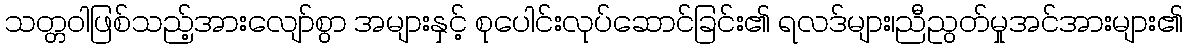
သတ္တဝါဖြစ်သည့်အားလျော်စွာ အများနှင့် စုပေါင်းလုပ်ဆောင်ခြင်း၏ ရလဒ်များ၊ညီညွတ်မှုအင်အားများ၏